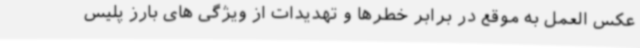
عکس العمل به موقع در برابر خطرها و تهدیدات از ویژگی های بارز پلیس